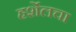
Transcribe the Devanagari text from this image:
हर्शेलचा